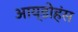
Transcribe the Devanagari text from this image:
आय्डोहंस